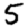
Digit: 5